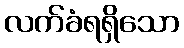
လက်ခံရရှိသော